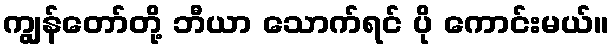
ကျွန်တော်တို့ ဘီယာ သောက်ရင် ပို ကောင်းမယ်။